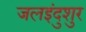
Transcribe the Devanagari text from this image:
जलइंदुशुर